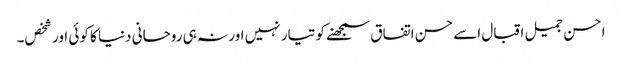
احسن جمیل اقبال اسے حسن اتفاق سمجھنے کو تیار نہیں اور نہ ہی روحانی دنیا کا کوئی اور شخص۔